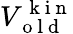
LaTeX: V_{\mathrm{~o~l~d~}}^{\mathrm{~k~i~n~}}